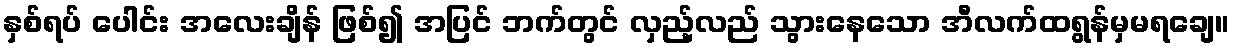
နှစ်ရပ် ပေါင်း အလေးချိန် ဖြစ်၍ အပြင် ဘက်တွင် လှည့်လည် သွားနေသော အီလက်ထရွန်မှမရချေ။